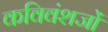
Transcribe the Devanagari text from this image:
कविवंशजों